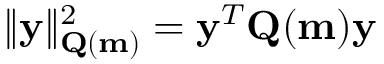
\| \mathbf { y } \| _ { \mathbf { Q } ( \mathbf { m } ) } ^ { 2 } = \mathbf { y } ^ { T } \mathbf { Q } ( \mathbf { m } ) \mathbf { y }